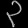
Digit: ၃